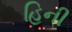
હિની